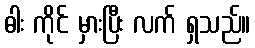
ဓါး ကိုင် မှားပြီး လက် ရှသည်။